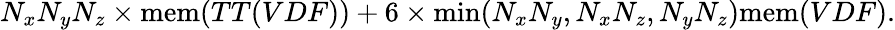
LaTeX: N_{x}N_{y}N_{z}\times\mathrm{mem}(TT(VDF))+6\times\mathrm{min}(N_{x}N_{y},N_{x}N_{z},N_{y}N_{z})\mathrm{mem}(VDF).